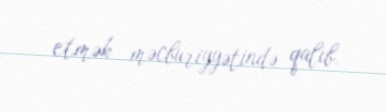
etmək məcburiyyətində qalıb.